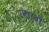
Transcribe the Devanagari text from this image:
उनास्वी